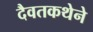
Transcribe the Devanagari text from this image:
दैवतकथेने